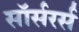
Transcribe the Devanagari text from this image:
सॉर्सरर्स